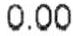
0.00